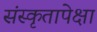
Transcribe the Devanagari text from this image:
संस्कृतापेक्षा